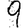
Digit: 9